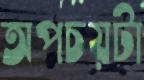
অপচয়টা